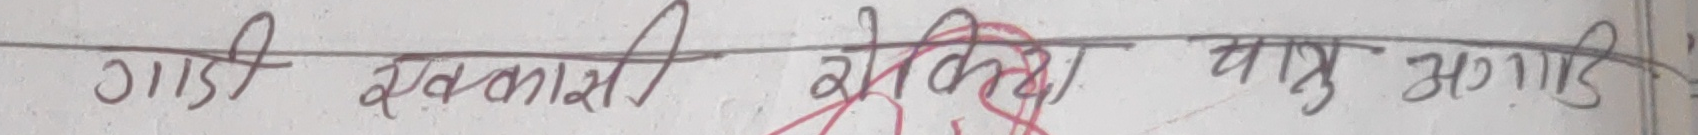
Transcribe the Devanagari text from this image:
गाडी एकलहरी ओढिदा पाउ भगाइ